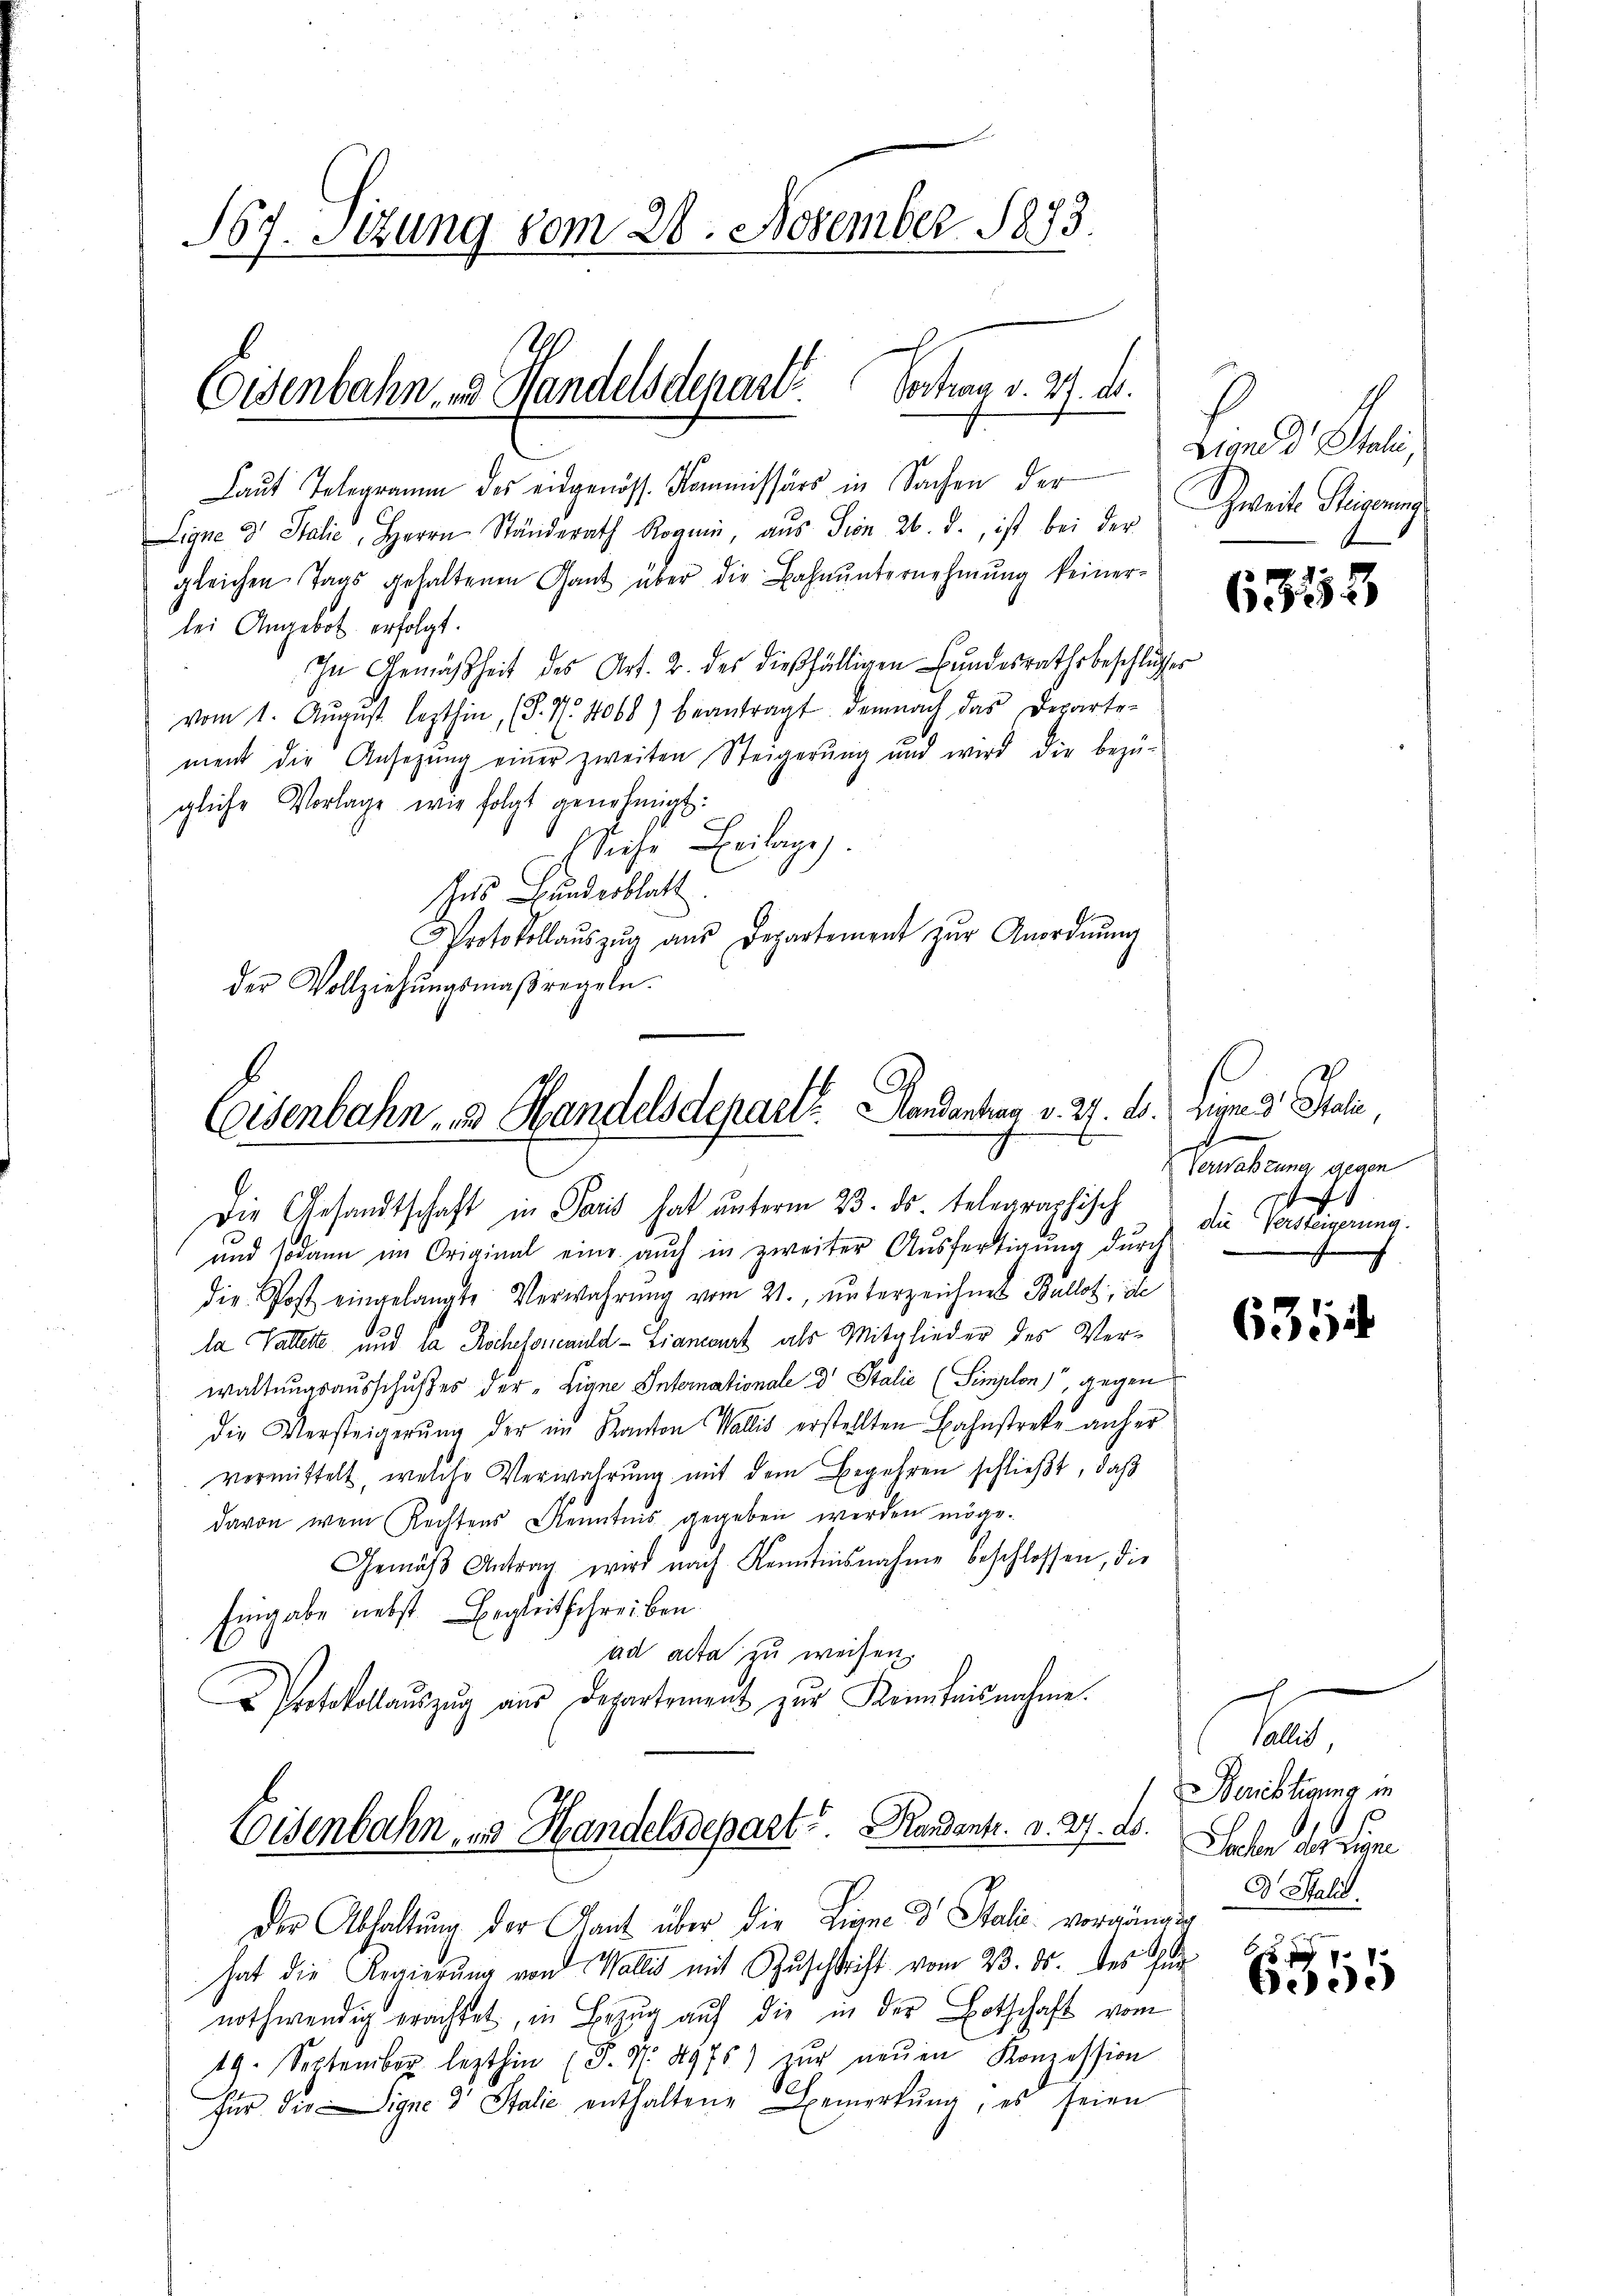
67. Sitzung vom 28. November 1873.

(Osenbahn u Handelsdepart. Vortrag v. 27. d.

Laut Telegramm des eidgenöss. Kommissärs in Sachen der
Ligne d. Stalie, Herrn Ständerath Roguin, aŭs Sien 26. d., ist bei der
gleichen Tags gehaltenen Gant über die Bahnŭnternehmung keiner-
lei Angebot erfolgt.
In Gemäßheit des Art. 2. des dießfälligen Bundesrathsbeschlusses
vom 1. Aŭgust lezthin (S. Nr. 4068) beantragt, demnach das Departe-
ment die Ansetzŭng einer zweiten Steigerŭng und wird die bezŭ-
gliche Vorlage wie folgt genehmigt:
Siche Beilage.
es Bunderblatt
Protokollaŭszŭg aŭs Departement zŭr Anordnŭng
der Vollziehŭngsmaßregeln.

Eisenbahn- & Handelsdepart. Mandanten v. 27. d.

Die Gesandtschaft in Paris hat unterm 23. ds. telegraphisch
und sodann im Original eine aŭch in zweiter Aŭsfertigŭng dŭrch
die Post eingelangte Verwahrŭng vom 21. unterzeichnet Ballot, de
la Vallette und la Rochesomauld - Liamant als Mitglieder des Verwaltungsausschußes der „Eigne Intemationale d Stalie (Simplon gegen
die Versteigerŭng der im Kanton Wallis erstellten Bahnstreke anher
vermittelt, welche Verwahrung mit dem Begehren schließt, daß
davon wen Rechtens Kenntnis gegeben werden möge.
Gemäβ Antrag wird nach Kenntnisnahme beschlossen, die
Eingabe nebst Begleitschreiben.
ad acta zu weisen.
Protokollaŭszŭg aŭs Departemenz zŭr Kenntnisnahme.
Eisenbahn, in Handelsdepart Handants. d. 27. d.
Der Abhaltung der Kant über die Linne d. Stalie vorgängig
hat die Regierŭng von Wallis mit Zŭschrift vom 23. ds. des für
nothwendig erachtet, in Bezug auf die in der Botschaft vom
19. September lezthin (S. S. 4975) zŭr neŭen Konzession
für die Signe 3 Stalie enthaltene Bemerkŭng, es seien

Land d Steli,
Zweite Reiserung
be

6353

des Gute,
d
Verwaltung gegen
f
die Versteigerung.
.

631

te
Berichtigung in
Solen der rege
D ali

bed